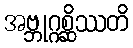
အဗ္ဘုဂ္ဂစ္ဆိဿတိ